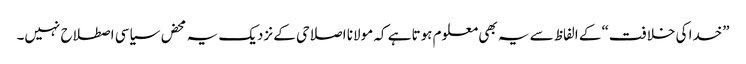
”خدا کی خلافت“ کے الفاظ سے یہ بھی معلوم ہوتا ہے کہ مولانا اصلاحی کے نزدیک یہ محض سیاسی اصطلاح نہیں۔